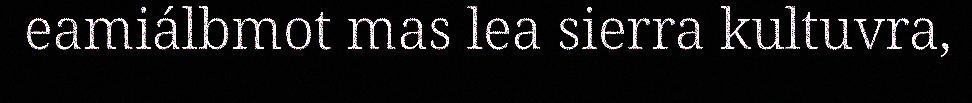
eamiálbmot mas lea sierra kultuvra,